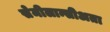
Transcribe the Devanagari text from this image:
सेमीलान्सीअता